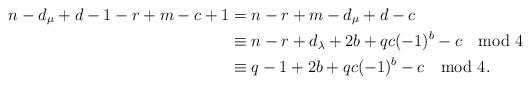
LaTeX: \begin{align*}n-d_{\mu}+d-1-r+m-c+1&=n-r+m-d_{\mu}+d-c\\&\equiv n-r+d_{\lambda}+2b+qc(-1)^b-c\mod 4\\&\equiv q-1+2b+qc(-1)^b-c\mod 4.\end{align*}